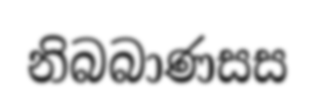
නිබබාණසස